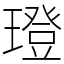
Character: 璒